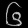
Digit: ၆